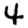
Digit: 4